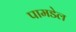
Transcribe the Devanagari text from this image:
पामडेल